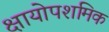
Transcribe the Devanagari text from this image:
क्षायोपशमिक